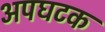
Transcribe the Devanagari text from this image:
अपघटक